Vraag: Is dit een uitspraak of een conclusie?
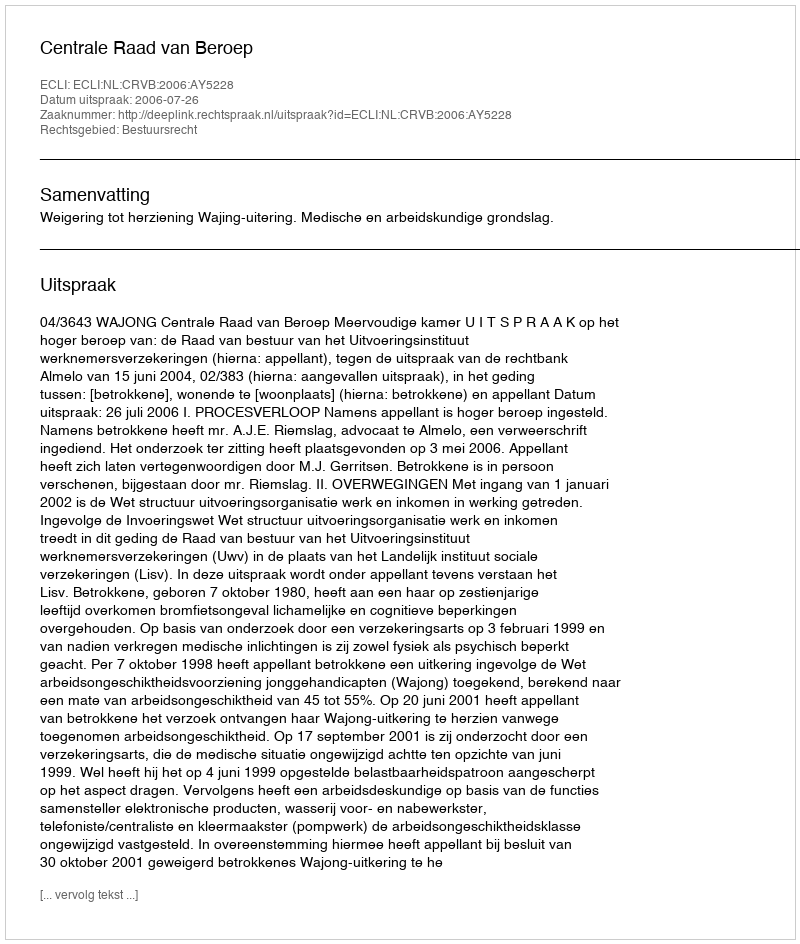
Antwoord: Uitspraak